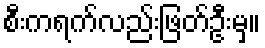
စီးကရက်လည်းဖြတ်ဦးမှ။